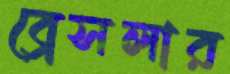
ব্রেসলার